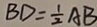
B D = \frac { 1 } { 2 } A B